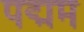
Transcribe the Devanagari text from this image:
पद्मम